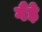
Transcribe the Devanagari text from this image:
गैंड़े